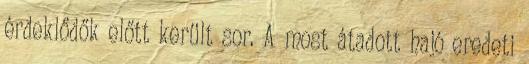
érdeklődők előtt került sor. A most átadott hajó eredeti